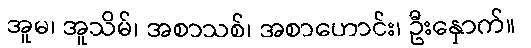
အူမ၊ အူသိမ်၊ အစာသစ်၊ အစာဟောင်း၊ ဦးနှောက်။